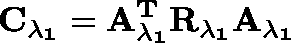
\mathbf { C _ { \lambda _ { 1 } } } = \mathbf { { A } _ { \lambda _ { 1 } } ^ { T } } \mathbf { R _ { \lambda _ { 1 } } } \mathbf { A _ { \lambda _ { 1 } } }